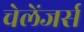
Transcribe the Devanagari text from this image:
चेलेंजर्स